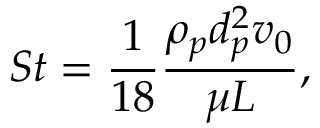
S t = \frac { 1 } { 1 8 } \frac { \rho _ { p } d _ { p } ^ { 2 } v _ { 0 } } { \mu L } ,